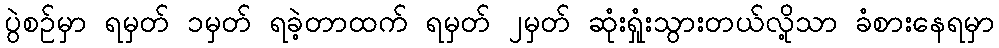
ပွဲစဉ်မှာ ရမှတ် ၁မှတ် ရခဲ့တာထက် ရမှတ် ၂မှတ် ဆုံးရှုံးသွားတယ်လို့သာ ခံစားနေရမှာ